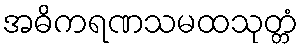
အဓိကရဏသမထသုတ္တံ